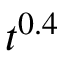
t ^ { 0 . 4 }